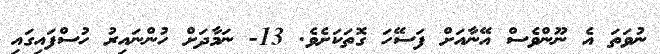
ނުވަތަ އެ ނޫންވެސް އޭނާއަށް ފަސޭހަ ގޮތަކަށެވެ. 13- ނަމާދަށް ހުންނައިރު ހުސްފައިގައި